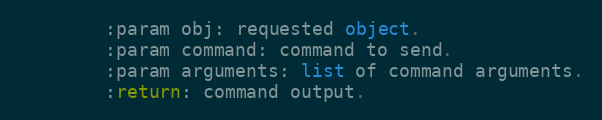
Language: Python
        :param obj: requested object.
        :param command: command to send.
        :param arguments: list of command arguments.
        :return: command output.